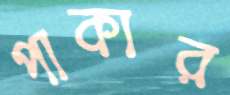
পাকার